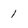
Character: 1